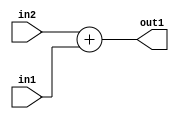
`timescale 1ps / 1ps
/*****************************************************************************
    Verilog RTL Description
    
    
    Created by: Stratus DpOpt 2019.1.01 
*******************************************************************************/

module st_feature_addr_gen_Add_32Ux16U_32U_0 (
	in2,
	in1,
	out1
	); /* architecture "behavioural" */ 
input [31:0] in2;
input [15:0] in1;
output [31:0] out1;
wire [31:0] asc001;

assign asc001 = 
	+(in2)
	+(in1);

assign out1 = asc001;
endmodule

/* CADENCE  ubH2SQA= : u9/ySgnWtBlWxVPRXgAZ4Og= ** DO NOT EDIT THIS LINE ******/